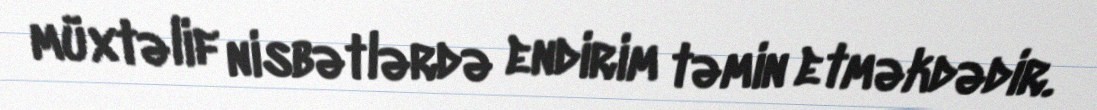
müxtəlif nisbətlərdə endirim təmin etməkdədir.